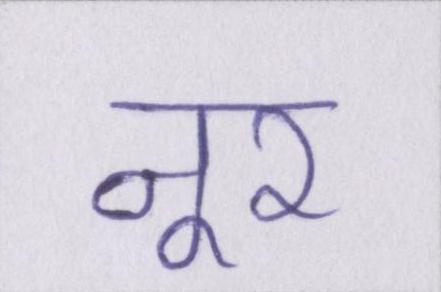
नूर